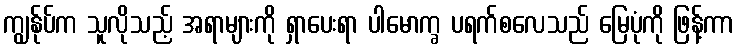
ကျွန်ုပ်က သူလိုသည့် အရာများကို ရှာပေးရာ ပါမောက္ခ ပရက်စလေသည် မြေပုံကို ဖြန့်ကာ